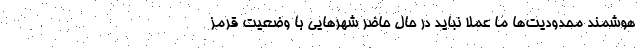
هوشمند محدودیت‌ها ما عملا نباید در حال حاضر شهرهایی با وضعیت قرمز